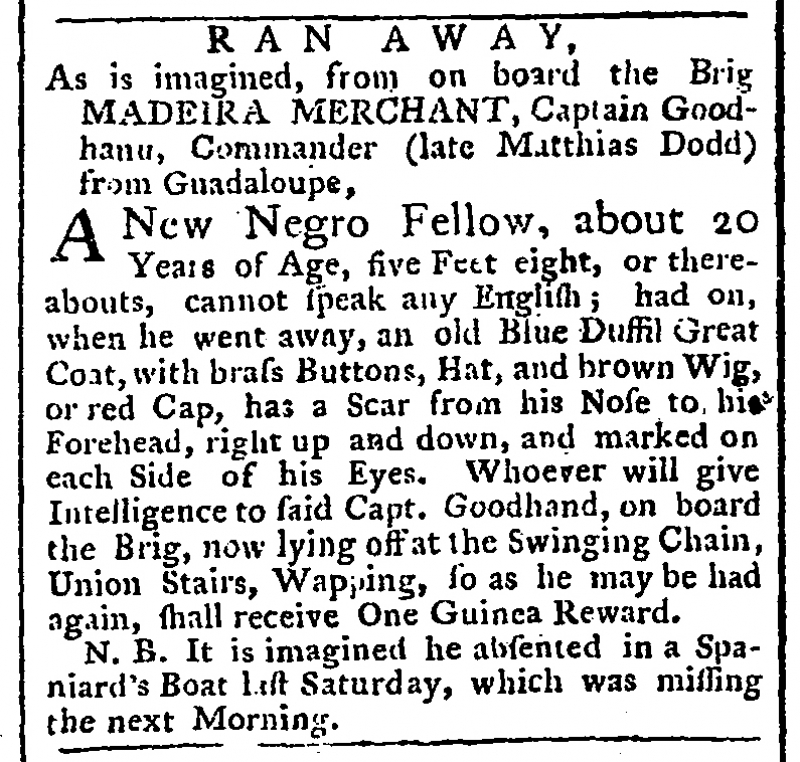
Public Ledger, Or, Daily Register of Commerce and Intelligence, 30 December 1761 (England)
             RAN AWAY,As is imagined, from on board the Brig MADEIRA MERCHANT, Captain Goodhand, Commander (late Matthias Dodd) from Guadaloupe,  A New Negro Fellow, about 20 Years of Age, five Feet eight, or thereabouts, cannot speak any English; had on, when he went away, an old Blue Duffil Great Coat, with brass Buttons, Hat, and brown Wig, or red Cap, has a Scar from his Nose to his Forehead, right up and down, and marked on each Side of his Eyes. Whoever will give Intelligence to said Capt. Goodhand, on board the Brig, now lying off at the Swinging Chain, Union Stairs, Wapping, so as he may be had again, shall receive One Guinea Reward.  N.B. It is imagined he absented in a Spaniard’s Boat last Saturday, which was missing the next Morning.